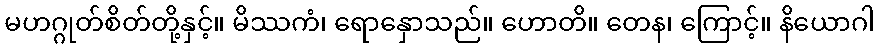
မဟဂ္ဂုတ်စိတ်တို့နှင့်။ မိဿကံ၊ ရောနှောသည်။ ဟောတိ။ တေန၊ ကြောင့်။ နိယောဂါ